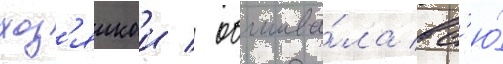
хоз'яикои / обшива́ла вс'ю́